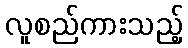
လူစည်ကားသည့်